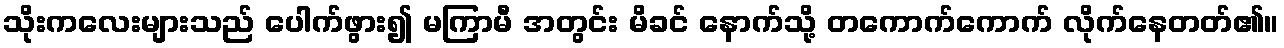
သိုးကလေးများသည် ပေါက်ဖွား၍ မကြာမီ အတွင်း မိခင် နောက်သို့ တကောက်ကောက် လိုက်နေတတ်၏။